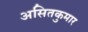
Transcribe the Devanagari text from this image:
असितकुमार